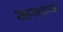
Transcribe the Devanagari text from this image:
सहस्पर्शज्या